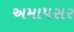
અમાપસર